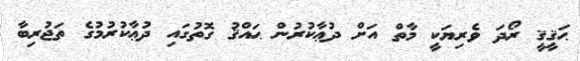
ޙަޤީޤީ ރޯދަ ވެރިޔަކީ މާތް އަށް ދުޢާކުރުން ޙައްޤު ގޮތުގައި ދުޢާކުރުމުގެ ތަޖުރިބާ